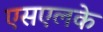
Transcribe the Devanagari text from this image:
एसएलके